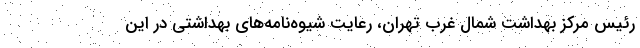
رئیس مرکز بهداشت شمال غرب تهران، رعایت شیوه‌نامه‌های بهداشتی در این